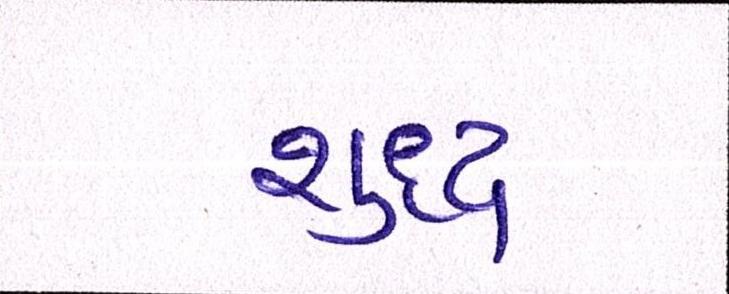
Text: શુધ્ધ